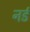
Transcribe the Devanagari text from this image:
नर्ड